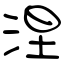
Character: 涅